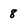
Character: 8